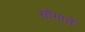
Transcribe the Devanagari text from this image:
सौगातें